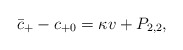
\begin{align*} \bar{c}_+-c_{+0}=\kappa v+P_{2,2},\end{align*}